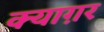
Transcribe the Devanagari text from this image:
क्याग़र